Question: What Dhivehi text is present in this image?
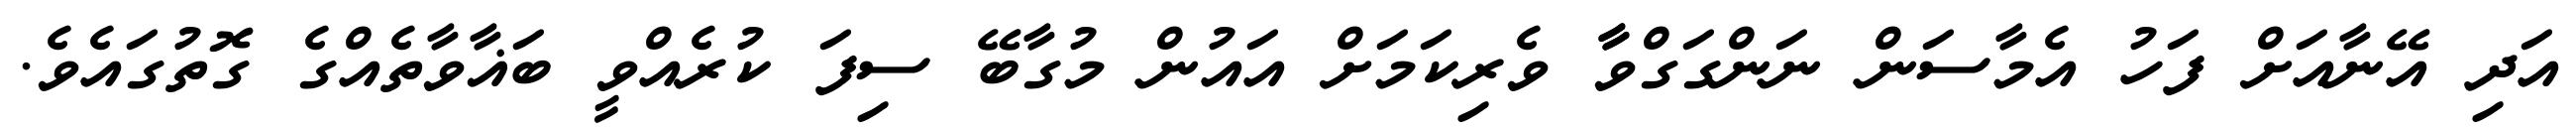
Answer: އަދި އޭނާއަށް ފަހު އެމާސަން ނަންގަގްވާާ ވެރިކަމަށް އައުން މުގާބޭ ސިފަ ކުރެއްވީ ބަޣާވާތެއްގެ ގޮތުގައެވެ.